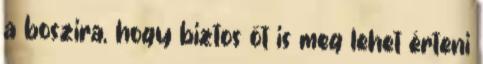
a boszira, hogy biztos őt is meg lehet érteni